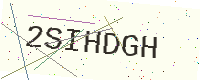
Text: 2SIHDGH